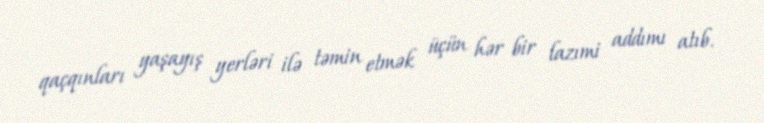
qaçqınları yaşayış yerləri ilə təmin etmək üçün hər bir lazımi addımı atıb.